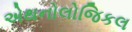
એથનોલોજિકલ